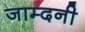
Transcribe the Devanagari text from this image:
जाम्दनी